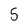
Character: 5